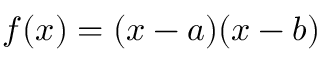
f ( x ) = ( x - a ) ( x - b )